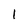
Character: 1